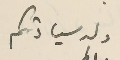
ولد سيادتكم